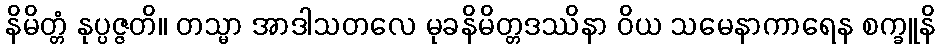
နိမိတ္တံ နုပ္ပဇ္ဇတိ။ တသ္မာ အာဒါသတလေ မုခနိမိတ္တဒဿိနာ ဝိယ သမေနာကာရေန စက္ခူနိ